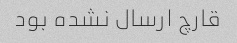
قارچ ارسال نشده بود